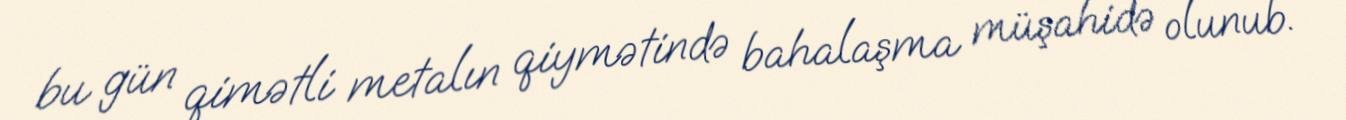
bu gün qimətli metalın qiymətində bahalaşma müşahidə olunub.